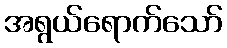
အရွယ်ရောက်သော်